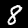
Digit: 8